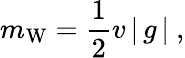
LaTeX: m_{\mathrm{W}}={\frac{1}{2}}v\left|\, g\, \right|\ ,